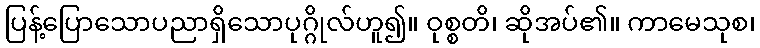
ပြန့်ပြောသောပညာရှိသောပုဂ္ဂိုလ်ဟူ၍။ ဝုစ္စတိ၊ ဆိုအပ်၏။ ကာမေသုစ၊